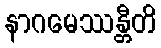
နာဂမေဿန္တီတိ